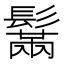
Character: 鬗